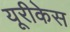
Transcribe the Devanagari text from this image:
यूरीकेस